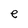
Character: e